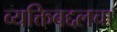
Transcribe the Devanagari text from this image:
व्यक्तिबद्दलचा